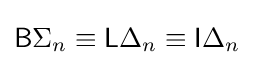
{\mathsf {B}}\Sigma _{n}\equiv {\mathsf {L}}\Delta _{n}\equiv {\mathsf {I}}\Delta _{n}